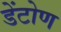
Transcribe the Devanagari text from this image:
डेंटोण